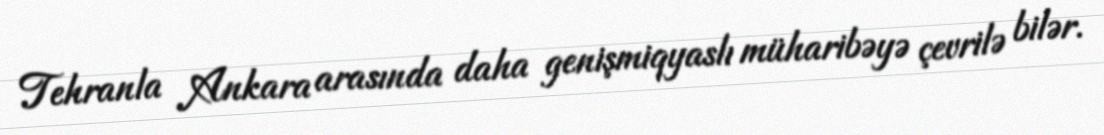
Tehranla Ankara arasında daha genişmiqyaslı müharibəyə çevrilə bilər.